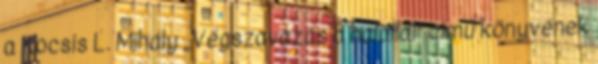
a Kocsis L. Mihály „Végszavazás a halállal” című könyvé­nek